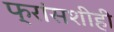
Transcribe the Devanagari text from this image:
फ्रांसशीही